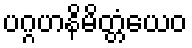
ပဂ္ဂဟနိမိတ္တံယေဝ